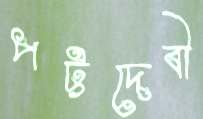
পট্টদেবী